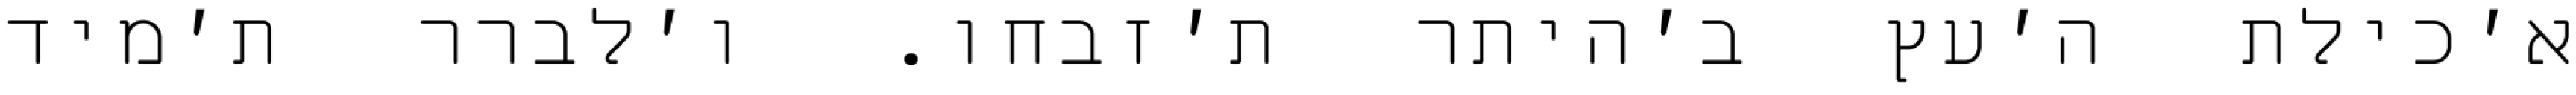
א׳כילת ה׳עץ ב׳היתר ת׳זבחו. ו׳לברר ת׳מיד